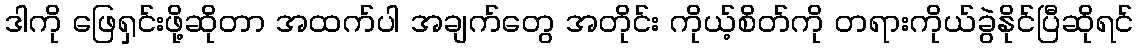
ဒါကို ဖြေရှင်းဖို့ဆိုတာ အထက်ပါ အချက်တွေ အတိုင်း ကိုယ့်စိတ်ကို တရားကိုယ်ခွဲနိုင်ပြီဆိုရင်